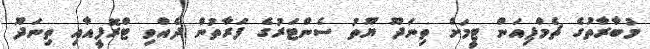
މުބާރާތުގެ ޗެމްޕިިއަން ޓީމަށް ތިނަދޫ ޔޫތު ސެންޓަރުގެ ފަރާތުން ދެއްވި ޓްރޮފީއާއި ތިނަދޫ